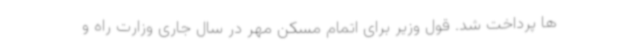
ها پرداخت شد. قول وزیر برای اتمام مسکن مهر در سال جاری وزارت راه و